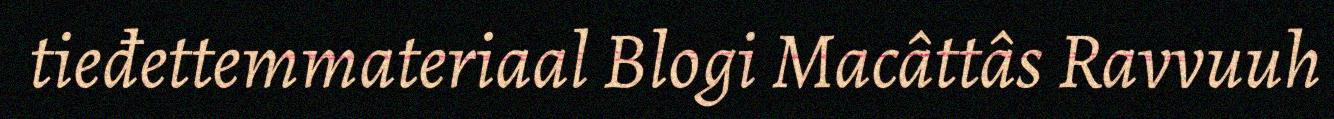
tieđettemmateriaal Blogi Macâttâs Ravvuuh